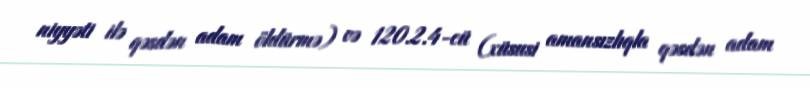
niyyəti ilə qəsdən adam öldürmə) və 120.2.4-cü (xüsusi amansızlıqla qəsdən adam